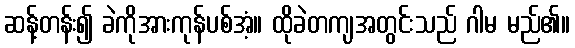
ဆန့်တန်း၍ ခဲကိုအားကုန်ပစ်အံ့။ ထိုခဲတကျအတွင်းသည် ဂါမ မည်၏။